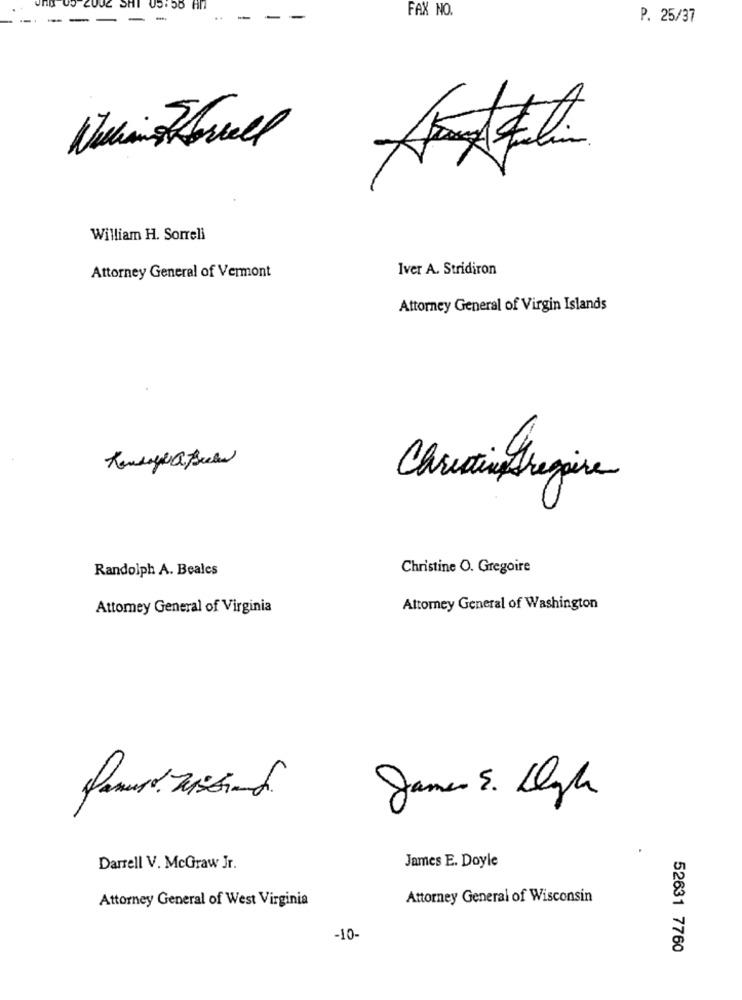
FAX NO.
P. 25/37
NevianoFall
William H. Sorrell
Iver A. Stridiron
Attorney General of Vermont
Attorney General of Virgin Islands
Christine Gregoire
Randolph A. Beales
Christine O. Gregoire
Attomey General of Virginia
Attorney General of Washington
James S. Lgh
Darrell V. McGraw Jr.
James E. Doyle
Attorney General of West Virginia
Attorney General of Wisconsin
-10-
52631 7760